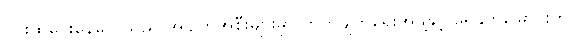
ဂွင်းထုပေးနေလေသည် အပျက်အစီးများမှာ တိုက်ဖျက်ရေးအဖွဲ့နှင့် ရေနုတ်မြောင်းကို